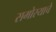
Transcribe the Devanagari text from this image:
समोस्याचे